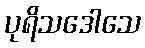
ပုရိသဒေါသေ